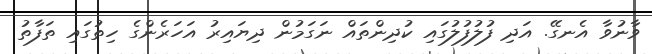
ވާނުވާ އެނގޭ. އަދި ފުލުފުލުގައި ކުދިންތައް ނަގަމުން ދިޔައިރު އަހަރެންގެ ހިތުގައި ތަފާތު